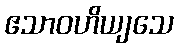
ဧသာဝဟိယျသေ